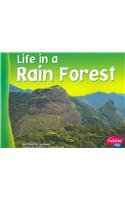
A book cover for Life in a Rain Forest (Living in a Biome); Carol K. Lindeen; Science & Math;